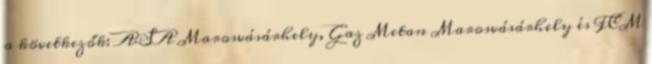
a következők: ASA Marosvásárhely, Gaz Metan Marosvásárhely és FCM